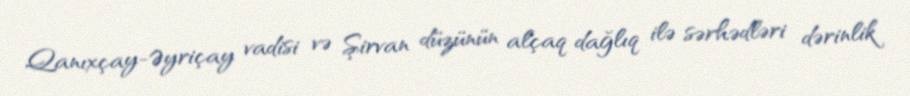
Qanıxçay-Əyriçay vadisi və Şirvan düzünün alçaq dağlıq ilə sərhədləri dərinlik